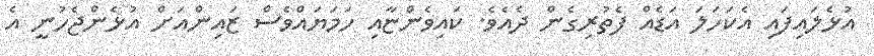
އުޅެލައިފައި އެކަހަލަ އަޑެއް ފެތުރިގެން ދެއެވެ. ކައިވެންޏާއި ހަމަޔައްވެސް ޒައިންއަށް އުޅެންޖެހުނީ އެ